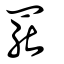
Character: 罷